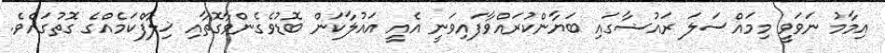
އިމާމު ނަވަވީ މިމައްސަލަ ރައުޟާގައި ބަޔާންކުރައްވާފައިވަނީ އެއީ އައުލާކަން ބޮޑުވެގެންވާގޮތާއި ޚިލާފްކަމެއްގެ ގޮތުގައެވެ.